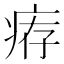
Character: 𤶐